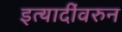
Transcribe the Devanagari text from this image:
इत्यादींवरुन